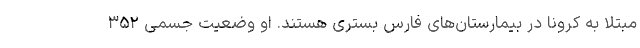
مبتلا به کرونا در بیمارستان‌های فارس بستری هستند. او وضعیت جسمی ۳۵۲